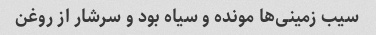
سیب زمینی‌ها مونده و سیاه بود و سرشار از روغن